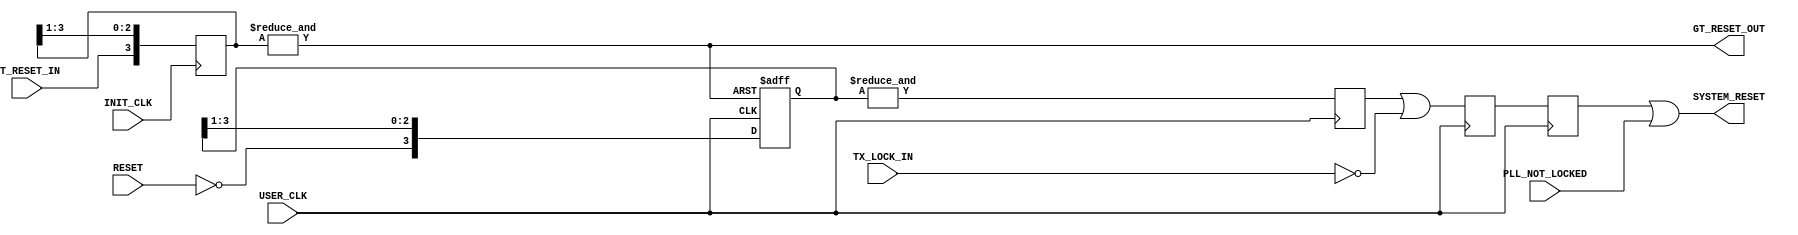
///////////////////////////////////////////////////////////////////////////////
// (c) Copyright 2008 Xilinx, Inc. All rights reserved.
//
// This file contains confidential and proprietary information
// of Xilinx, Inc. and is protected under U.S. and
// international copyright and other intellectual property
// laws.
//
// DISCLAIMER
// This disclaimer is not a license and does not grant any
// rights to the materials distributed herewith. Except as
// otherwise provided in a valid license issued to you by
// Xilinx, and to the maximum extent permitted by applicable
// law: (1) THESE MATERIALS ARE MADE AVAILABLE "AS IS" AND
// WITH ALL FAULTS, AND XILINX HEREBY DISCLAIMS ALL WARRANTIES
// AND CONDITIONS, EXPRESS, IMPLIED, OR STATUTORY, INCLUDING
// BUT NOT LIMITED TO WARRANTIES OF MERCHANTABILITY, NON-
// INFRINGEMENT, OR FITNESS FOR ANY PARTICULAR PURPOSE; and
// (2) Xilinx shall not be liable (whether in contract or tort,
// including negligence, or under any other theory of
// liability) for any loss or damage of any kind or nature
// related to, arising under or in connection with these
// materials, including for any direct, or any indirect,
// special, incidental, or consequential loss or damage
// (including loss of data, profits, goodwill, or any type of
// loss or damage suffered as a result of any action brought
// by a third party) even if such damage or loss was
// reasonably foreseeable or Xilinx had been advised of the
// possibility of the same.
//
// CRITICAL APPLICATIONS
// Xilinx products are not designed or intended to be fail-
// safe, or for use in any application requiring fail-safe
// performance, such as life-support or safety devices or
// systems, Class III medical devices, nuclear facilities,
// applications related to the deployment of airbags, or any
// other applications that could lead to death, personal
// injury, or severe property or environmental damage
// (individually and collectively, "Critical
// Applications"). Customer assumes the sole risk and
// liability of any use of Xilinx products in Critical
// Applications, subject only to applicable laws and
// regulations governing limitations on product liability.
//
// THIS COPYRIGHT NOTICE AND DISCLAIMER MUST BE RETAINED AS
// PART OF THIS FILE AT ALL TIMES.
// 
// 
///////////////////////////////////////////////////////////////////////////////
//
//  AURORA RESET LOGIC
//
//
//
//  Description: RESET logic generation using Debouncer
//
//         
`timescale 1 ns / 1 ps
(* core_generation_info = "aurora_8b10b_v5_2,aurora_8b10b_v5_2,{backchannel_mode=Sidebands, c_aurora_lanes=1, c_column_used=left, c_gt_clock_1=GTPD4, c_gt_clock_2=None, c_gt_loc_1=X, c_gt_loc_10=1, c_gt_loc_11=X, c_gt_loc_12=X, c_gt_loc_13=X, c_gt_loc_14=X, c_gt_loc_15=X, c_gt_loc_16=X, c_gt_loc_17=X, c_gt_loc_18=X, c_gt_loc_19=X, c_gt_loc_2=X, c_gt_loc_20=X, c_gt_loc_21=X, c_gt_loc_22=X, c_gt_loc_23=X, c_gt_loc_24=X, c_gt_loc_25=X, c_gt_loc_26=X, c_gt_loc_27=X, c_gt_loc_28=X, c_gt_loc_29=X, c_gt_loc_3=X, c_gt_loc_30=X, c_gt_loc_31=X, c_gt_loc_32=X, c_gt_loc_33=X, c_gt_loc_34=X, c_gt_loc_35=X, c_gt_loc_36=X, c_gt_loc_37=X, c_gt_loc_38=X, c_gt_loc_39=X, c_gt_loc_4=X, c_gt_loc_40=X, c_gt_loc_41=X, c_gt_loc_42=X, c_gt_loc_43=X, c_gt_loc_44=X, c_gt_loc_45=X, c_gt_loc_46=X, c_gt_loc_47=X, c_gt_loc_48=X, c_gt_loc_5=X, c_gt_loc_6=X, c_gt_loc_7=X, c_gt_loc_8=X, c_gt_loc_9=X, c_lane_width=2, c_line_rate=3.125, c_nfc=false, c_nfc_mode=IMM, c_refclk_frequency=62.5, c_simplex=false, c_simplex_mode=TX, c_stream=true, c_ufc=false, flow_mode=None, interface_mode=Streaming, dataflow_config=Duplex}" *)
module aurora_8b10b_v5_2_RESET_LOGIC
(
    // User IO
    RESET,
    USER_CLK,
    INIT_CLK,
    GT_RESET_IN,
    TX_LOCK_IN,
    PLL_NOT_LOCKED,

    SYSTEM_RESET,
    GT_RESET_OUT
);


//***********************************Port Declarations*******************************
    // User I/O
    input              RESET;
    input              USER_CLK;
    input              INIT_CLK;
    (* ASYNC_REG = "TRUE" *)
    input              GT_RESET_IN;
    input              TX_LOCK_IN;
    input              PLL_NOT_LOCKED;

    output             SYSTEM_RESET;
    output             GT_RESET_OUT;

//**************************Internal Register Declarations****************************
    reg     [0:3]      reset_debounce_r;
    reg     [0:3]      debounce_gt_rst_r;
    reg                reset_debounce_r2;
    reg                reset_debounce_r3;
    reg                reset_debounce_r4;
    wire               SYSTEM_RESET;
//********************************Wire Declarations**********************************

    wire               gt_rst_r; 

//*********************************Main Body of Code**********************************


//_________________Debounce the Reset and PMA init signal___________________________
// Simple Debouncer for Reset button. The debouncer has an
// asynchronous reset tied to GT_RESET_IN. This is primarily for simulation, to ensure
// that unknown values are not driven into the reset line

    always @(posedge USER_CLK or posedge gt_rst_r)
        if(gt_rst_r)
            reset_debounce_r    <=  4'b1111;    
        else
            reset_debounce_r    <=  {!RESET,reset_debounce_r[0:2]}; //Note: Using active low reset

    always @ (posedge USER_CLK)
    begin
      reset_debounce_r2 <= &reset_debounce_r;
      reset_debounce_r3 <= reset_debounce_r2 || !TX_LOCK_IN;
      reset_debounce_r4 <= reset_debounce_r3;
    end

    assign SYSTEM_RESET = reset_debounce_r4 || PLL_NOT_LOCKED;

// Debounce the GT_RESET_IN signal using the INIT_CLK
    always @(posedge INIT_CLK)
        debounce_gt_rst_r <=  {GT_RESET_IN,debounce_gt_rst_r[0:2]};

    assign  gt_rst_r        =   &debounce_gt_rst_r;
    assign  GT_RESET_OUT    =   gt_rst_r;

endmodule